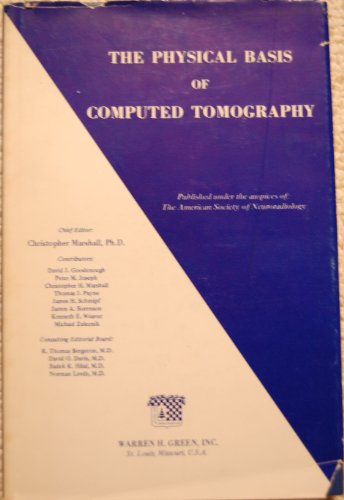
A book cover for Physical Basis of Computed Tomography; Medical Books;